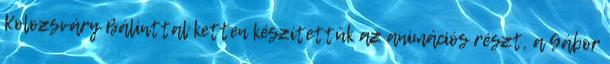
Kolozsváry Bálinttal ketten készítettük az animációs részt, a Gábor